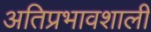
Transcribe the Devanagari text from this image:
अतिप्रभावशाली